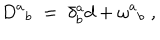
D ^ { a } { } _ { b } \; = \; \delta _ { b } ^ { a } d + \omega ^ { a } { } _ { b } \; ,